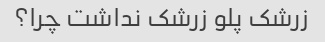
زرشک پلو زرشک نداشت چرا؟